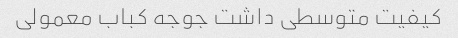
کیفیت متوسطی داشت جوجه کباب معمولی